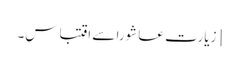
[زیارت عاشورا سے اقتباس۔